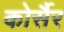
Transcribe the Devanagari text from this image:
कोर्सैर